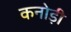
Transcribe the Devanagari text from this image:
कनोड़ी